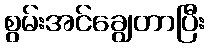
စွမ်းအင်ချွေတာပြီး